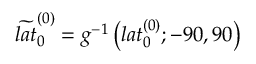
\widetilde { l a t } _ { 0 } ^ { ( 0 ) } = g ^ { - 1 } \left( l a t _ { 0 } ^ { ( 0 ) } ; - 9 0 , 9 0 \right)